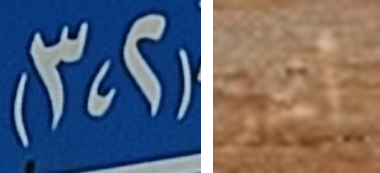
(2،3) أنجز